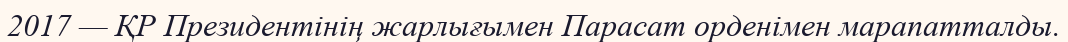
2017 — ҚР Президентінің жарлығымен Парасат орденімен марапатталды.